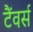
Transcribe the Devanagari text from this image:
टैंवर्स